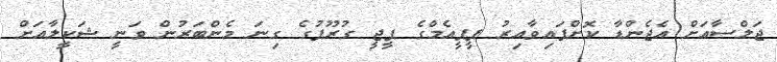
ޖަލްސާއަށް އެޖެންޑާ ކޮށްފައިވާއިރު ޕީޕީއެމްގެ ޕީޖީ ގުރޫޕުގެ ގިނަ މެންބަރުން ވަނީ ޝަކީލާއަށް